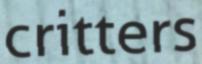
critters